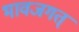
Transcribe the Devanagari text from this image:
भावजगत्